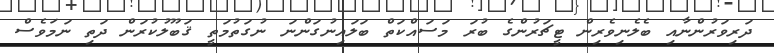
ދަރިވަރުންނާއި ބެލެނިވެރިން ޓީޗަރުންގެ ބުރަ މަސައްކަތް ބަލައިނުގަންނަ ނުގަތުމަތީ ޤަބޫލުކުރަން ދަތި ނަމަވެސް